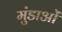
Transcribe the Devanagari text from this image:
मुंडाओं